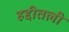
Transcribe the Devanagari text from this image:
हद्दीतली